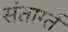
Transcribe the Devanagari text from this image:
संतार्ग्त